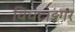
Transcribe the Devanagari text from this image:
विचटाइगर